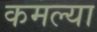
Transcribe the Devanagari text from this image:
कमल्या